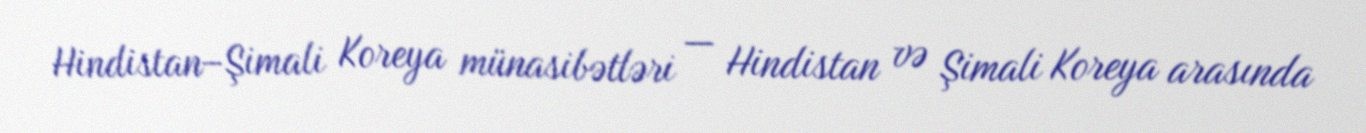
Hindistan–Şimali Koreya münasibətləri — Hindistan və Şimali Koreya arasında